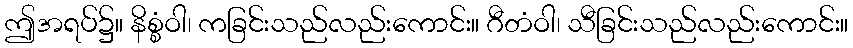
ဤအရပ်၌။ နိစ္စံဝါ၊ ကခြင်းသည်လည်းကောင်း။ ဂီတံဝါ၊ သီခြင်းသည်လည်းကောင်း။